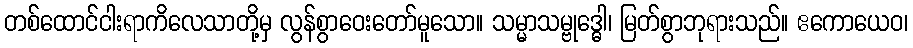
တစ်ထောင်ငါးရာကိလေသာတို့မှ လွန်စွာဝေးတော်မူသော။ သမ္မာသမ္ဗုဒ္ဓေါ၊ မြတ်စွာဘုရားသည်။ ဧကောယေဝ၊